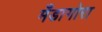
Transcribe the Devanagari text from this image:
मँडागोरा